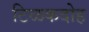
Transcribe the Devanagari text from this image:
टिळकदोह